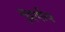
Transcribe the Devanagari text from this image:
मुद्रणीय